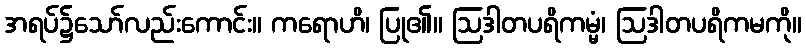
အရပ်၌သော်လည်းကောင်း။ ကရောဟိ၊ ပြု၏။ ဩဒါတပရိကမ္မံ၊ ဩဒါတပရိကမကို။